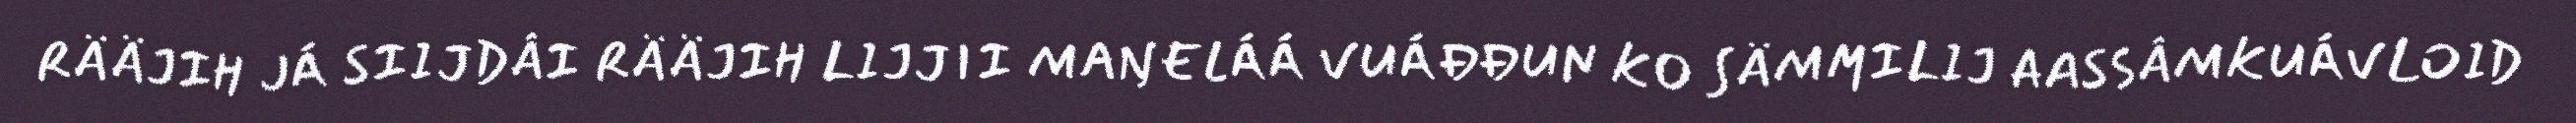
RÄÄJIH JÁ SIIJDÂI RÄÄJIH LIJJII MAŊELÁÁ VUÁĐĐUN KO SÄMMILIJ AASSÂMKUÁVLOID